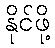
နိုင်ဖို့